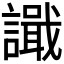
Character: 𫍎